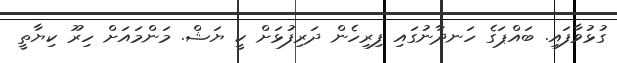
ގުޅުވާފައި. ބައްޕަގެ ހަނދާނުގައި ފިރިހެން ދަރިފުޅަށް ކީ ޔަޝް. މަންމައަށް ހިރޫ ކިޔާތީ